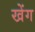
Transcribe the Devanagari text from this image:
खेंग